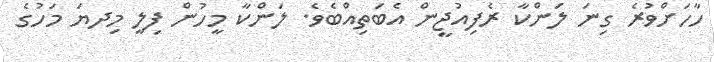
ހާހަށްވުރެ ގިނަ ލަންކާ ރެފިއުޖީން އެބަތިއްބެވެ. ލަންކާ މީހުން ފިލީ މިދޔަ މަހުގެ